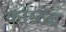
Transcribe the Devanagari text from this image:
कोळंब